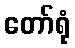
တော်ရုံ